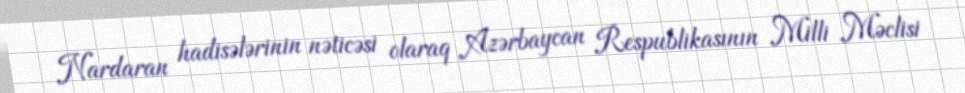
Nardaran hadisələrinin nəticəsi olaraq Azərbaycan Respublikasının Milli Məclisi